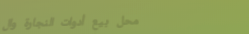
محل بيع أدوات النجارة وال